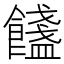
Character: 𩟏